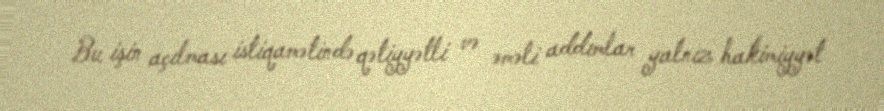
Bu işin açılması istiqamətində qətiyyətli və əməli addımlar yalnız hakimiyyət